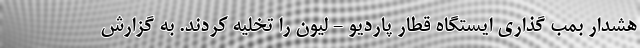
هشدار بمب گذاری ایستگاه قطار پاردیو - لیون را تخلیه کردند. به گزارش